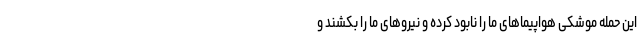
این حمله موشکی هواپیماهای ما را نابود کرده و نیروهای ما را بکشند و